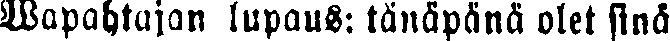
Wapahtajan lupaus: tänäpänä olet sinä